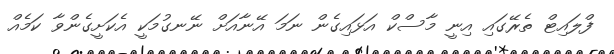
ފްލައިޓް ތެރޭގައި އިނީ މާސްކް އަޅައިގެން ނަމަ އޭނާއަށް ނޭނގުމަކީ އެކަށީގެންވާ ކަމެއް